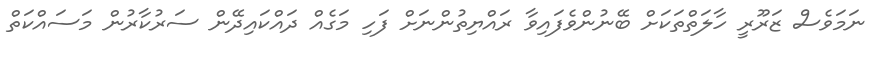
ނަމަވެސް ޒަރޫރީ ހާލަތްތަކަށް ބޭނުންވެފައިވާ ރައްޔިތުންނަށް ފަހި މަގެއް ދައްކައިދޭން ސަރުކާރުން މަސައްކަތް